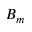
B _ { m }